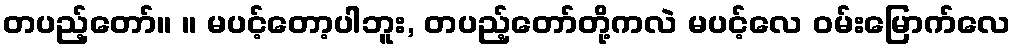
တပည့်တော်။ ။ မပင့်တော့ပါဘူး, တပည့်တော်တို့ကလဲ မပင့်လေ ဝမ်းမြောက်လေ